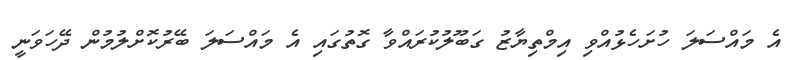
އެ މައްސަލަ ހުށަހެޅުއްވި އިމްތިޔާޒު ގަބޫލުކުރައްވާ ގޮތުގައި އެ މައްސަލަ ބޭރުކޮށްލުމުން ދޭހަވަނީ